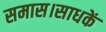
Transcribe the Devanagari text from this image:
समास।साधकें